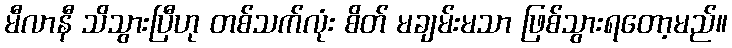
မီလာနီ သိသွားပြီဟု တစ်သက်လုံး စိတ် မချမ်းမသာ ဖြစ်သွားရတော့မည်။